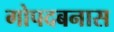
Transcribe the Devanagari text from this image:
गोपदबनास